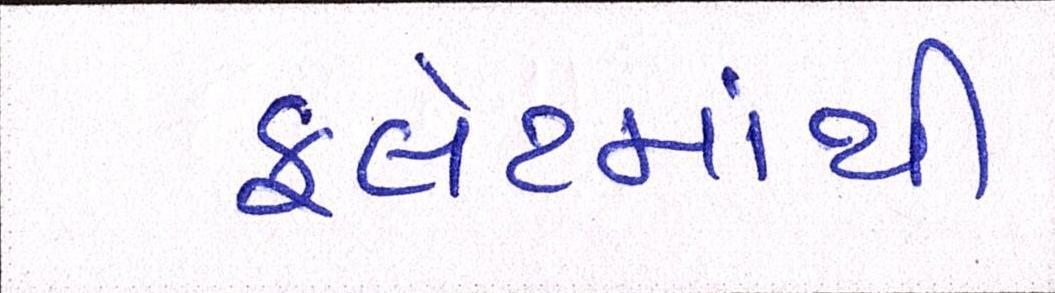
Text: ફલેટમાંથી